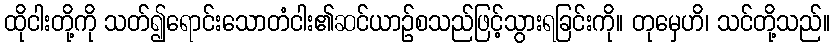
ထိုငါးတို့ကို သတ်၍ရောင်းသောတံငါး၏ဆင်ယာဉ်စသည်ဖြင့်သွားရခြင်းကို။ တုမှေဟိ၊ သင်တို့သည်။